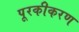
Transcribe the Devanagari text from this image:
पूरकीकरण